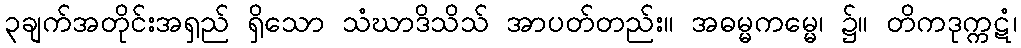
၃ချက်အတိုင်းအရှည် ရှိသော သံဃာဒိသိသ် အာပတ်တည်း။ အဓမ္မကမ္မေ၊ ၌။ တိကဒုက္ကဋံ၊